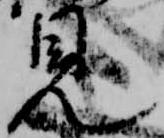
見